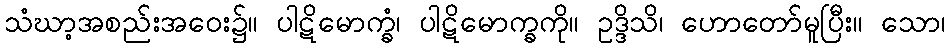
သံဃာ့အစည်းအဝေး၌။ ပါဋိမောက္ခံ၊ ပါဋိမောက္ခကို။ ဥဒ္ဒိသိ၊ ဟောတော်မူပြီး။ သော၊